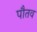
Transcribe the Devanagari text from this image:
पौतव